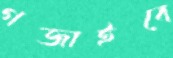
গজাইবে